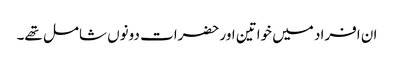
ان افراد میں خواتین اور حضرات دونوں شامل تھے۔